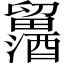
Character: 𲆾